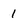
Character: 1